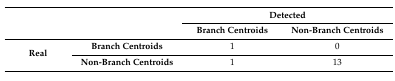
<table><thead><tr><td colspan="2" rowspan="2">[EMPTY_CELL]</td><td colspan="2"><b>Detected</b></td></tr><tr><td><b>Branch Centroids</b></td><td><b>Non-Branch Centroids</b></td></tr></thead><tbody><tr><td rowspan="2"><b>Real</b></td><td><b>Branch Centroids</b></td><td>1</td><td>0</td></tr><tr><td><b>Non-Branch Centroids</b></td><td>1</td><td>13</td></tr></tbody></table>